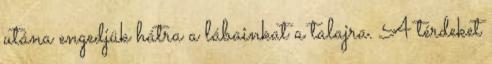
utána engedjük hátra a lábainkat a talajra. A térdeket